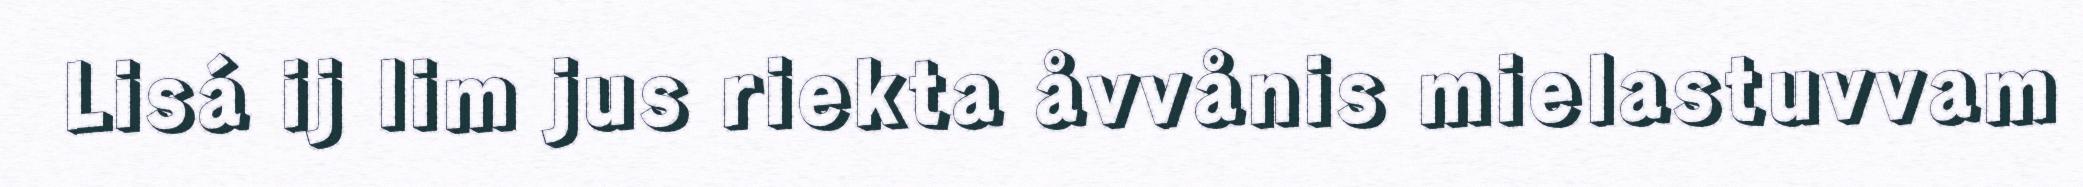
Lisá ij lim jus riekta åvvånis mielastuvvam